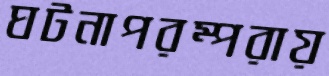
ঘটনাপরম্পরায়